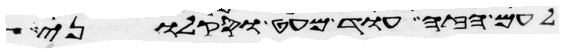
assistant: לעם הזה עוד מעט וסקלוני